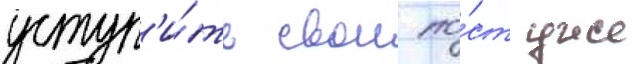
уступ'и́ть свои по́ст уже